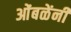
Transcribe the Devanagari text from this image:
ओंबळेंनी